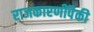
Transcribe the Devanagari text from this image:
राजकारणींपैकी